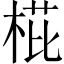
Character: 𣓋